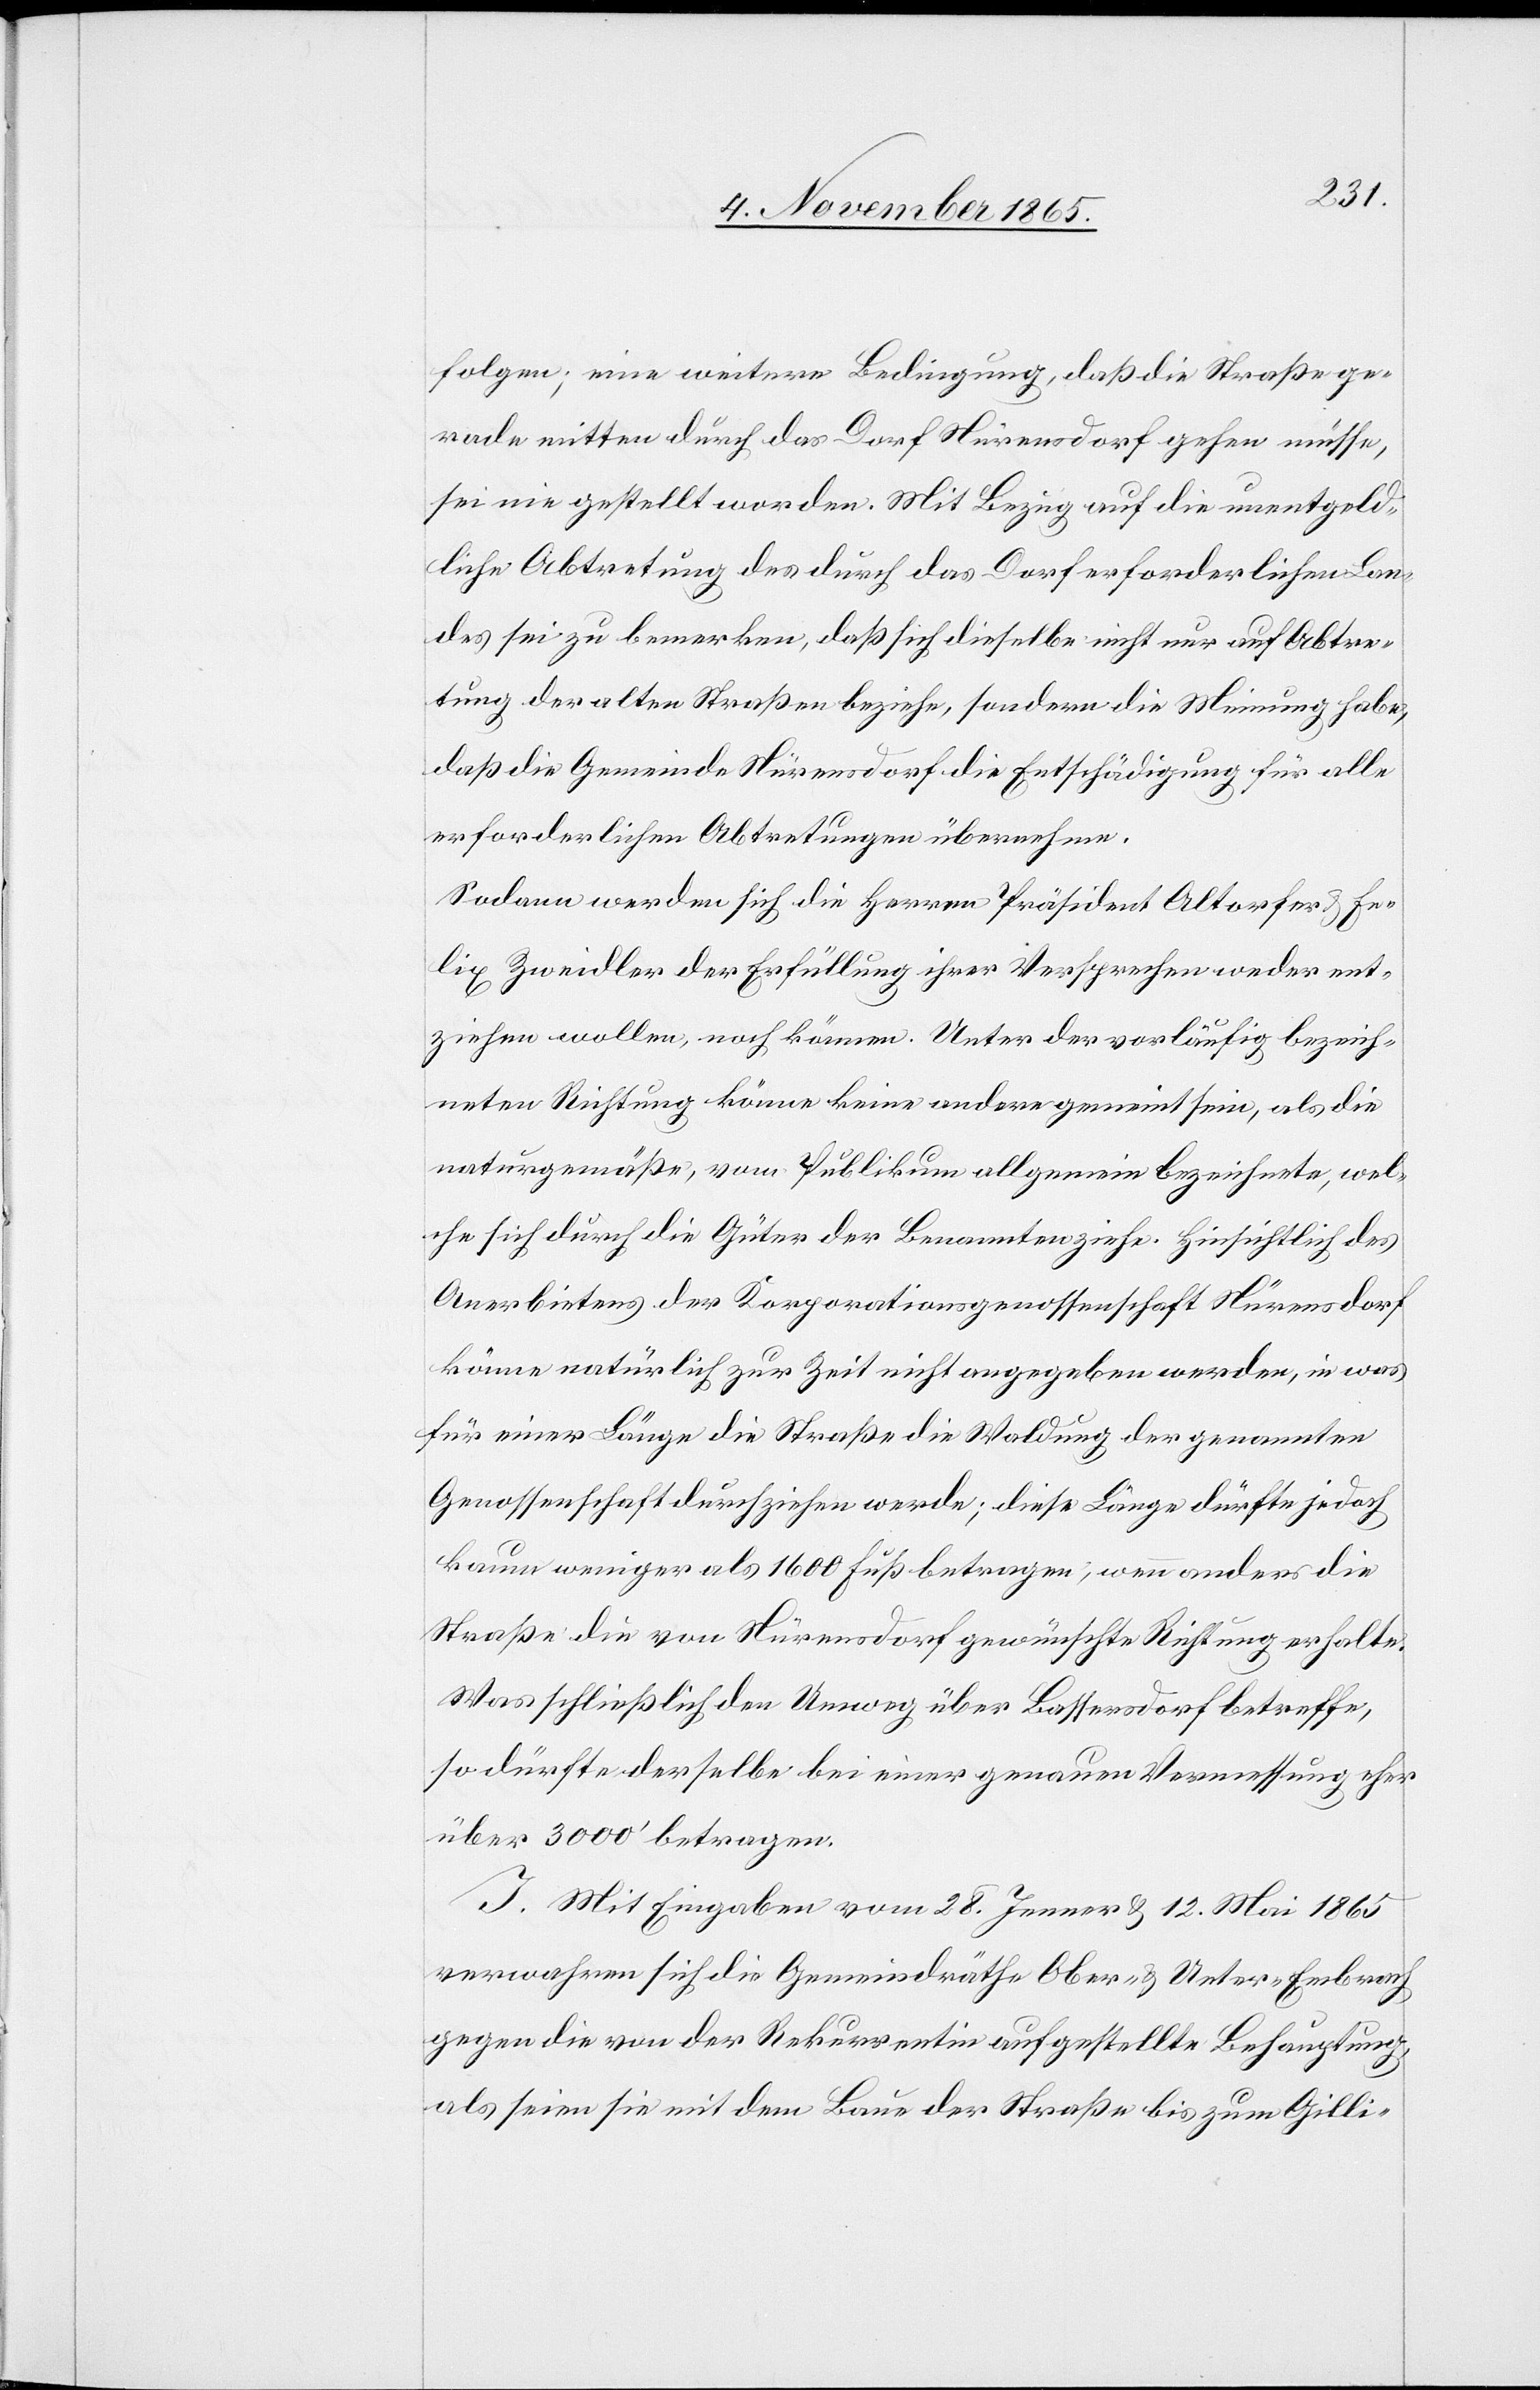
folgen; eine weitere Bedingung, daß die Straße ge¬
rade mitten durch das Dorf Nürensdorf gehen müsse,
sei nie gestellt worden. Mit Bezug auf die unentgeld¬
liche Abtretung des durch das Dorf erforderlichen Lan¬
des sei zu bemerken, daß sich dieselbe nicht nur auf Abtre¬
tung der alten Straßen beziehe, sondern die Meinung habe,
daß die Gemeinde Nürensdorf die Entschädigung für alle
erforderlichen Abtretungen übernehme.
Sodann werden sich die Herren Präsident Altorfer & Fe¬
lix Zweidler der Erfüllung ihrer Versprechen weder ent¬
ziehen wollen, noch können. Unter der vorläufig bezeich¬
neten Richtung könne keine andere gemeint sein, als die
naturgemäße, vom Publikum allgemein bezeichnete, wel¬
che sich durch die Güter der Benannten ziehe. Hinsichtlich des
Anerbietens der Korporationsgenossenschaft Nürensdorf
könne natürlich zur Zeit nicht angegeben werden, in was
für einer Länge die Straße die Waldung der genannten
Genossenschaft durchziehen werde; diese Länge dürfte jedoch
kaum weniger als 1600 Fuß betragen, wenn anders die
Straße die von Nürensdorf gewünschte Richtung erhalte.
Was schließlich den Umweg über Bassersdorf betreffe,
so dürfte derselbe bei einer genauen Vermessung eher
über 3000’ betragen.
I. Mit Eingaben vom 28. Jenner & 12. Mai 1865
verwahren sich die Gemeindräthe Ober- & Unter-Embrach
gegen die von der Rekurrentin aufgestellte Behauptung,
als seien sie mit dem Baue der Straße bis zum Gilli-